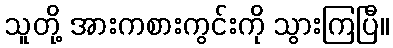
သူတို့ အားကစားကွင်းကို သွားကြပြီ။